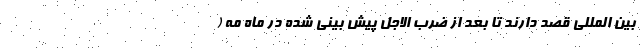
بین المللی قصد دارند تا بعد از ضرب الاجل پیش بینی شده در ماه مه (